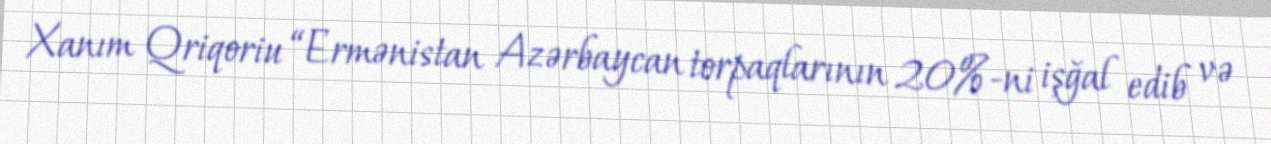
Xanım Qriqoriu “Ermənistan Azərbaycan torpaqlarının 20%-ni işğal edib və